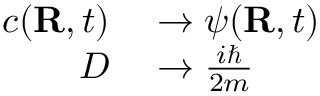
\begin{array} { r l } { c ( \mathbf { R } , t ) } & { { } \to \psi ( \mathbf { R } , t ) } \\ { D } & { { } \to { \frac { i \hbar } { 2 m } } } \end{array}